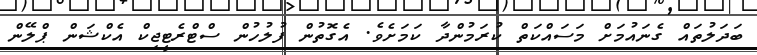
ބަދަލުތައް ގެނައުމަށް މަސައްކަތް ކުރަމުންދާ ކަމަށެވެ. އެގޮތުން ފުލުހުން ސްޓްރެޓީޖިކް އެކްޝަން ޕްލޭން